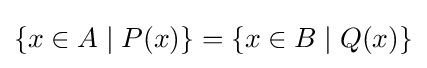
\{x\in A\mid P(x)\}=\{x\in B\mid Q(x)\}